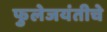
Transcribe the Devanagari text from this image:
फुलेजयंतीचे